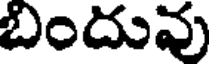
బందువు